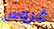
غروس